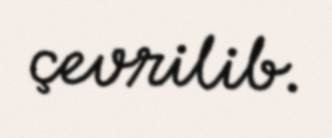
çevrilib.